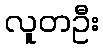
လူတဦး